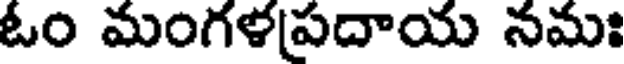
ఓం మంగళప్రదాయ నమః